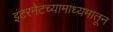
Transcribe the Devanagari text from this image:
इंटरनेटच्यामाध्यमातून